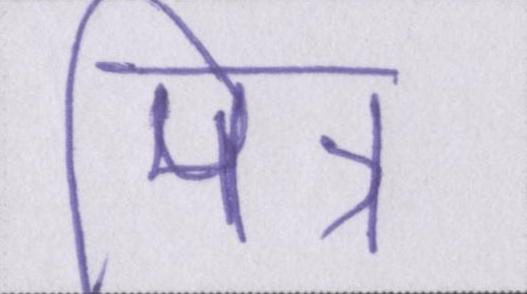
मित्र